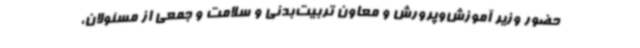
حضور وزیر آموزش‌وپرورش و معاون تربیت‌بدنی و سلامت و جمعی از مسئولان،